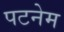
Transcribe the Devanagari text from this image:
पटनेम